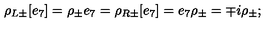
\rho _ { L \pm } [ e _ { 7 } ] = \rho _ { \pm } e _ { 7 } = \rho _ { R \pm } [ e _ { 7 } ] = e _ { 7 } \rho _ { \pm } = \mp i \rho _ { \pm } ;